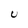
Character: U